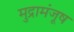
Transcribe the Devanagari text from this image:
मुद्रामंजूष